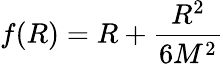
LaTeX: f(R)=R+{\frac{R^{2}}{6M^{2}}}